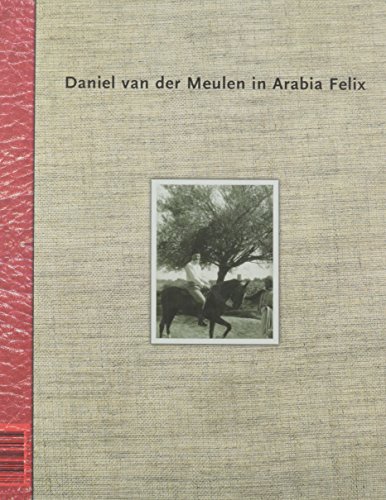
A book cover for Daniel van der Meulin in Arabia Felix; Steven Vink; Travel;